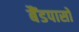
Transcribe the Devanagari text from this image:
बैंडपासों